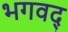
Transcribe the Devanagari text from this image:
भगवद्‍